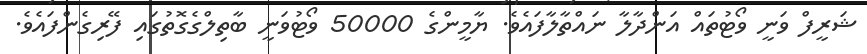
ޝަރީފް ވަނީ ވޯޓުތައް އަންދާލާ ނައްތާލާފައެވެ. ޔާމީންގެ 50000 ވޯޓުވަނީ ބާތިލްގެގޮތުގައި ފޭރިގެންފައެވެ.